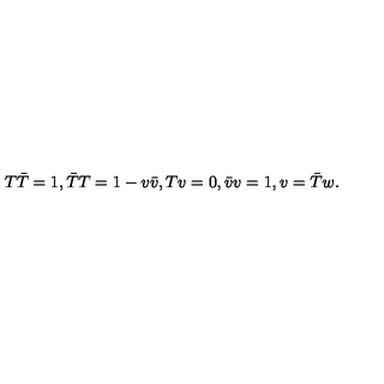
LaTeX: T \bar { T } = 1 , \bar { T } T = 1 - v \bar { v } , T v = 0 , \bar { v } v = 1 , v = \bar { T } w .